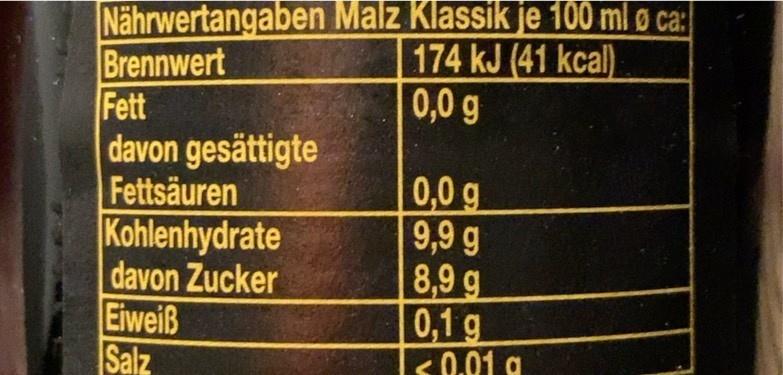
Nährwertangaben Malz Klassik je 100 ml ø ca: Brennwert Fett davon gesättigte Fettsäuren Kohlenhydrate davon Zucker Eiweiß Salz
174 kJ (41 kcal) 0,0 g
0,0 g 9,9 g 8,9 g 0,1 g <0.01 a